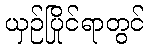
ယှဉ်ပြိုင်ရာတွင်